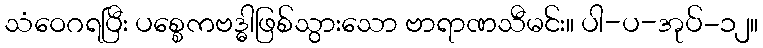
သံဝေဂရပြီး ပစ္စေကဗဒ္ဓါဖြစ်သွားသော ဗာရာဏသီမင်း။ ပါ-ပ-အုပ်-၁၂။